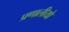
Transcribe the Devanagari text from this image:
प्रणालीयो